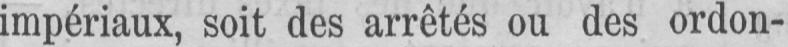
impériaux, soit des arrêtés ou des ordon-